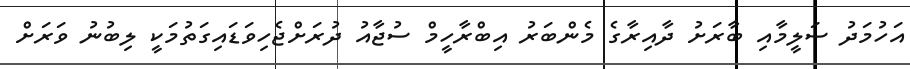
އަހުމަދު ސަލީމާއި ބާރަށު ދާއިރާގެ މެންބަރު އިބްރާހީމް ސުޖާއު ދުރަށްޖެހިވަޑައިގަތުމަކީ ލިބުނު ވަރަށް